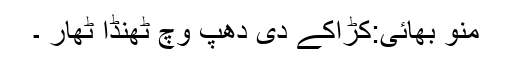
منو بھائی:کڑاکے دی دھپ وچ ٹھنڈا ٹھار ۔